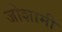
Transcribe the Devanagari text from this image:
जोशामी